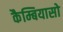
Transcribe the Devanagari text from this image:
कैम्बियासो